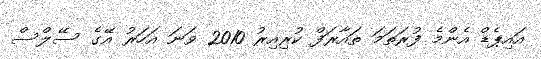
އައިޕެޑް އެންމެ ފުރަތަމަ ތައާރަފް ކުރިއިރު 2010 ވަނަ އަހަރު އޭގެ ސޭލްސް